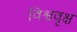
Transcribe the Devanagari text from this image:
विश्ववृक्ष